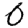
Digit: 0